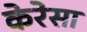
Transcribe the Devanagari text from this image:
केरेसा